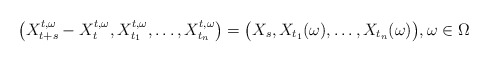
\begin{align*} \big(X^{t,\omega}_{t+s}-{X}^{t,\omega}_t,X^{t,\omega}_{t_1},\dots,X^{t,\omega}_{t_n}\big) = \big(X_s,X_{t_1}(\omega),\dots,X_{t_n}(\omega)\big),\omega\in\Omega \end{align*}